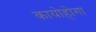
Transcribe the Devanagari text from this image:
कायोहोगा